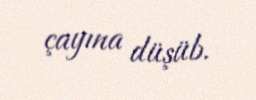
çayına düşüb.